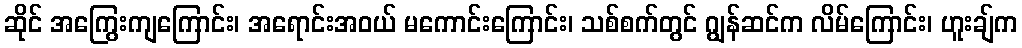
ဆိုင် အကြွေးကျကြောင်း၊ အရောင်းအဝယ် မကောင်းကြောင်း၊ သစ်စက်တွင် ဂျွန်ဆင်က လိမ်ကြောင်း၊ ဟူးချ်က